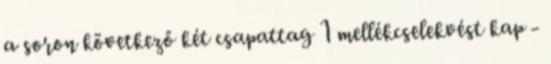
a soron következő két csapattag 1 mellékcselekvést kap -